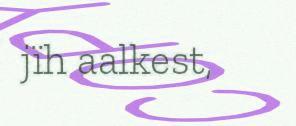
jïh aalkest,